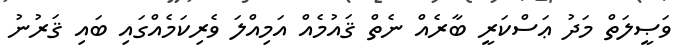
ވަޞީލަތް މަދު ޢަސްކަރީ ބާރެއް ނެތް ޤައުމެއް އަމިއްލަ ވެރިކަމެއްގައި ބައި ޤަރުނު